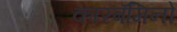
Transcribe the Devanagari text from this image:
कारबॅमिनो